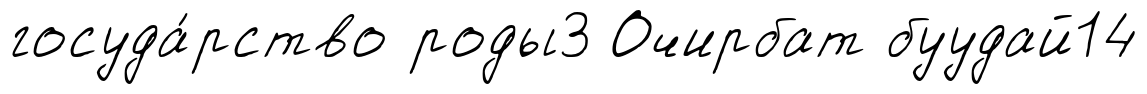
госуда́рство роды3 Очирбат буудай14